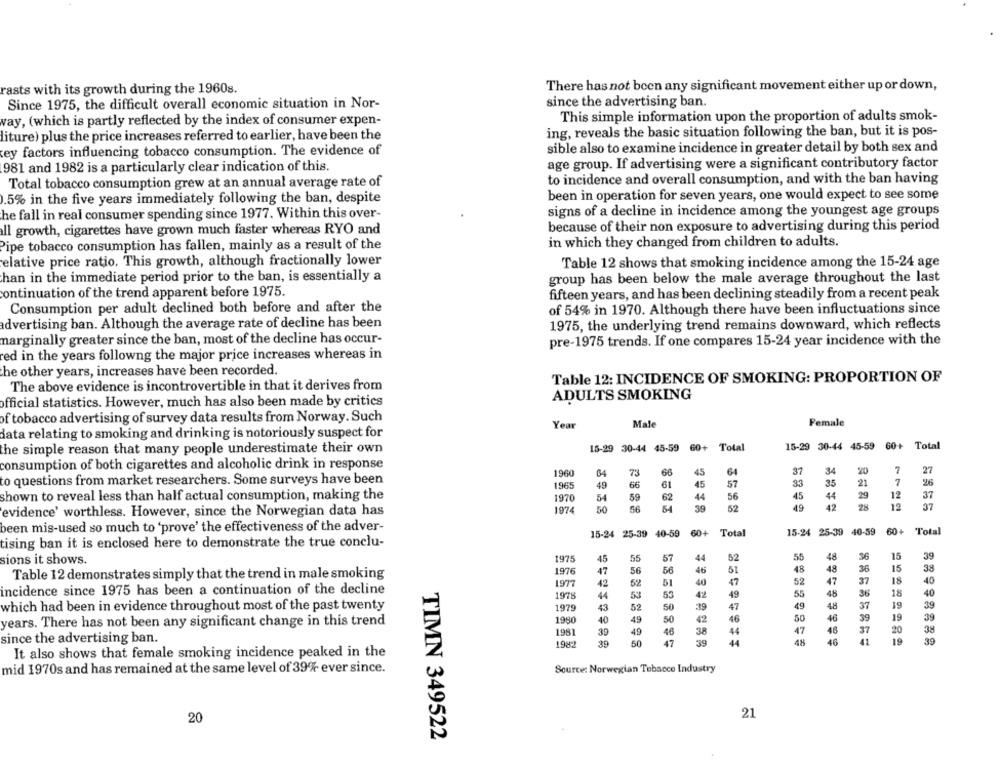
rasts with its growth during the 1960s.
There has not been any significant movement either up or down,
Since 1975, the difficult overall economic situation in Nor-
since the advertising ban.
vay, (which is partly reflected by the index of consumer expen-
This simple information upon the proportion of adults smok-
liture) plus the price increases referred to earlier, have been the
ing, reveals the basic situation following the ban, but it is pos-
ey factors influencing tobacco consumption. The evidence of
sible also to examine incidence in greater detail by both sex and
981 and 1982 is a particularly clear indication of this.
age group. If advertising were a significant contributory factor
Total tobacco consumption grew at an annual average rate of
to incidence and overall consumption, and with the ban having
.5% in the five years immediately following the ban, despite
been in operation for seven years, one would expect to see some
he fall in real consumer spending since 1977. Within this over-
signs of a decline in incidence among the youngest age groups
because of their non exposure to advertising during this period
all growth, cigarettes have grown much faster whereas RYO and
Pipe tobacco consumption has fallen, mainly as a result of the
in which they changed from children to adults.
elative price ratio. This growth, although fractionally lower
Table 12 shows that smoking incidence among the 15-24 age
han in the immediate period prior to the ban, is essentially a
group has been below the male average throughout the last
continuation of the trend apparent before 1975.
fifteen years, and has been declining steadily from a recent peak
Consumption per adult declined both before and after the
of 54% in 1970. Although there have been influctuations since
advertising ban. Although the average rate of decline has been
1975, the underlying trend remains downward, which reflects
marginally greater since the ban, most of the decline has occur-
pre-1975 trends. If one compares 15-24 year incidence with the
red in the years followng the major price increases whereas in
he other years, increases have been recorded.
Table 12: INCIDENCE OF SMOKING: PROPORTION OF
The above evidence is incontrovertible in that it derives from
ADULTS SMOKING
official statistics. However, much has also been made by critics
of tobacco advertising of survey data results from Norway. Such
Female
Year
Male
data relating to smoking and drinking is notoriously suspect for
15-29 30-44 45-59 60+ Total
the simple reason that many people underestimate their own
15-29 30-44 45-59 60+ Total
consumption of both cigarettes and alcoholic drink in response
20
1960
64
66
45
64
37
34
7
27
to questions from market researchers. Some surveys have been
49
45
57
33
35
21
7
26
1965
66
61
shown to reveal less than half actual consumption, making the
1970
54
59
62
44
56
45
44
29
12
37
49
42
28
12
37
evidence' worthless. However, since the Norwegian data has
1974
50
56
54
39
52
been mis-used so much to 'prove' the effectiveness of the adver-
15-24 25-39 40-59 60+ Total
15-24 25-39 40-59 60+ Total
ising ban it is enclosed here to demonstrate the true conclu-
sions it shows.
1975
45
55
57
44
52
55
48
36
15
39
48
36
15
38
Table 12 demonstrates simply that the trend in male smoking
1976
47
56
56
46
61
48
1977
42
52
51
40
47
52
47
37
18
40
incidence since 1975 has been a continuation of the decline
1978
44
53
53
49
55
48
36
18
40
which had been in evidence throughout most of the past twenty
43
52
50
19
47
49
48
37
19
39
1979
years. There has not been any significant change in this trend
1980
40
49
50
42
16
50
46
39
19
39
46
44
47
46
37
38
1981
39
49
38
20
since the advertising ban.
1982
39
50
47
39
46
41
19
39
It also shows that female smoking incidence peaked in the
Source: Norwegian Tobacco Industry
mid 1970s and has remained at the same level of 39% ever since.
21
20
TIMN 349522